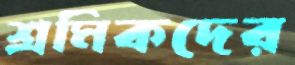
শ্রমিকদের